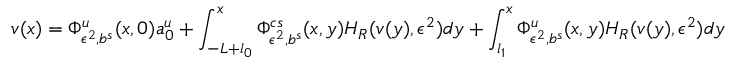
v ( x ) = \Phi _ { \epsilon ^ { 2 } , b ^ { s } } ^ { u } ( x , 0 ) a _ { 0 } ^ { u } + \int _ { - L + l _ { 0 } } ^ { x } \Phi _ { \epsilon ^ { 2 } , b ^ { s } } ^ { c s } ( x , y ) H _ { R } ( v ( y ) , \epsilon ^ { 2 } ) d y + \int _ { l _ { 1 } } ^ { x } \Phi _ { \epsilon ^ { 2 } , b ^ { s } } ^ { u } ( x , y ) H _ { R } ( v ( y ) , \epsilon ^ { 2 } ) d y